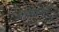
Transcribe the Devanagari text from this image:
परिवारआम